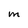
Character: m